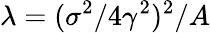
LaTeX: \lambda=(\sigma^{2}/4\gamma^{2})^{2}/A